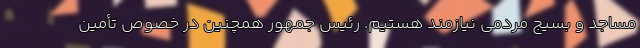
مساجد و بسیج مردمی نیازمند هستیم. رئیس جمهور همچنین در خصوص تأمین